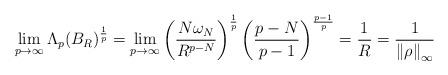
LaTeX: \begin{align*}\lim_{p\rightarrow\infty}\Lambda_{p}(B_{R})^{\frac{1}{p}}=\lim_{p\rightarrow\infty}\left( \frac{N\omega_{N}}{R^{p-N}}\right) ^{\frac{1}{p}}\left(\frac{p-N}{p-1}\right) ^{\frac{p-1}{p}}=\frac{1}{R}=\frac{1}{\left\Vert\rho\right\Vert _{\infty}} \end{align*}